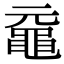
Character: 黿